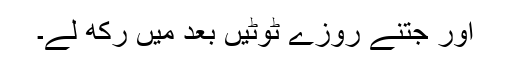
اور جتنے روزے ٹوٹیں بعد میں رکھ لے۔